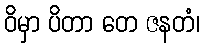
ဝိမှာ ပိတာ တေ ဇနတံ၊